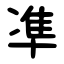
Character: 凖